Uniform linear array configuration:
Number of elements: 48
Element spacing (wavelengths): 0.75
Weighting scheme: kaiser
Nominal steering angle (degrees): -60
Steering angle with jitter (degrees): -58.959
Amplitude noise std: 0.05
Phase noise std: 0.05

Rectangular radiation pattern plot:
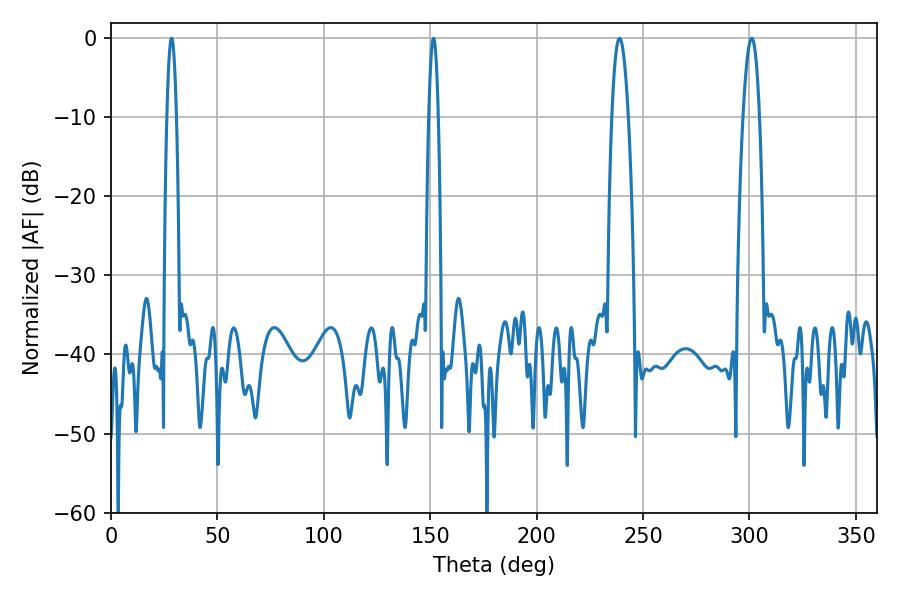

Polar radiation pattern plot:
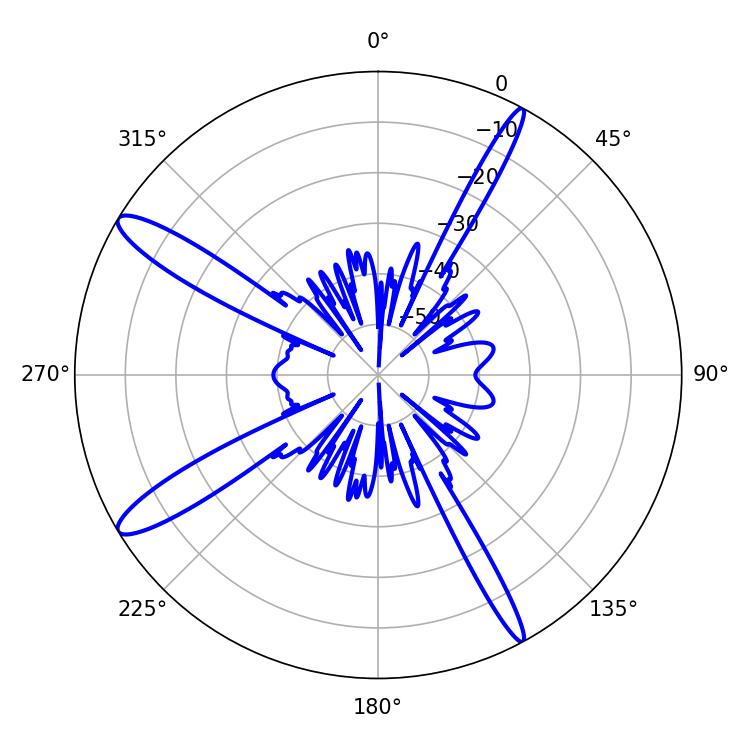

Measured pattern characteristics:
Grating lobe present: TRUE
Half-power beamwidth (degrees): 2.52
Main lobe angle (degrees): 28.44